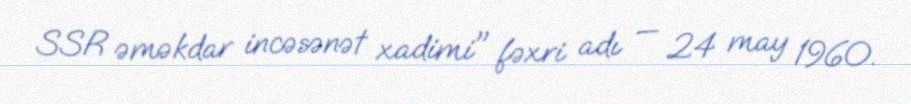
SSR əməkdar incəsənət xadimi" fəxri adı — 24 may 1960.